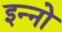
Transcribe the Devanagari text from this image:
इन्नो